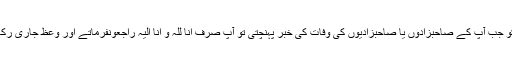
آپ کو جب آپ کے صاحبزادوں یا صاحبزادیوں کی وفات کی خبر پہنچتی تو آپ صرف انّا للّٰہ و انّا الیہ راجعونفرماتے اور وعظ جاری رکھتے۔